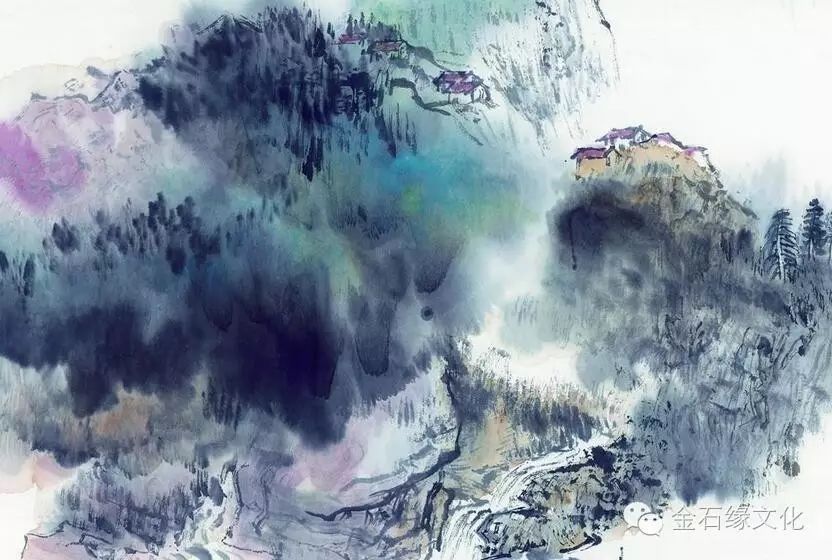
人世几回伤往事，山形依旧枕寒流。